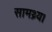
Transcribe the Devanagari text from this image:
सामथ्र्य।